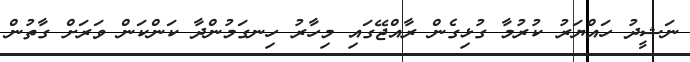
ނަޝީދު ހައްޔަރު ކުރުމާ ގުޅިގެން ރާއްޖޭގައި މިހާރު ހިނގަމުންދާ ކަންކަން ވަރަށް ގާތުން